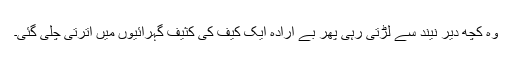
وہ کچھ دیر نیند سے لڑتی رہی پھر بے ارادہ ایک کیف کی کثیف گہرائیوں میں اترتی چلی گئی۔